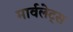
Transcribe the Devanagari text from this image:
मार्वलेट्स